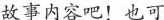
故事内容吧！也可